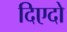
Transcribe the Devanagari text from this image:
दिएदो